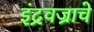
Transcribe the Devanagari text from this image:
इंद्रवज्राचे